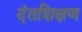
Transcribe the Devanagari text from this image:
दंतशिक्षण